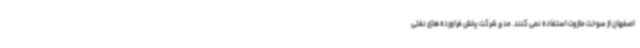
اصفهان از سوخت مازوت استفاده نمی کنند. مدیر شرکت پخش فراورده های نفتی